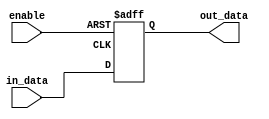
module io_buffer
(
    input wire enable,
    input wire in_data,
    output reg out_data
);

// Compensation mechanism 
always @ (posedge CLK or negedge enable)
begin
    if (enable == 1'b1)
    begin
        out_data <= in_data;
    end
    else
    begin
        out_data <= 1'bz;
    end
end

endmodule